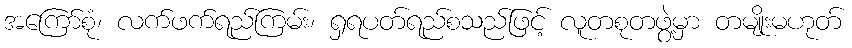
အကြော်စုံ၊ လက်ဖက်ရည်ကြမ်း၊ ရှရပတ်ရည်စသည်ဖြင့် လူတစုတဖွဲ့မှာ တမျိုးမဟုတ်